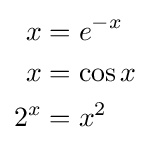
{\begin{aligned}x&=e^{-x}\\x&=\cos x\\2^{x}&=x^{2}\end{aligned}}